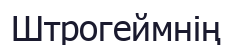
Штрогеймнің